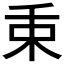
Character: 𣏮